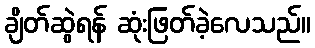
ချိတ်ဆွဲရန် ဆုံးဖြတ်ခဲ့လေသည်။